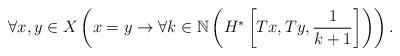
LaTeX: \begin{align*}\forall x,y\in X\left(x=y\rightarrow \forall k\in\mathbb{N}\left( H^*\left[Tx,Ty,\frac{1}{k+1}\right]\right)\right).\end{align*}